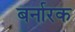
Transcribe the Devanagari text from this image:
बर्नारक